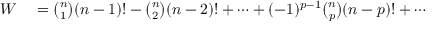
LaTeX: \begin{array} { r l } { W } & { { } = { \binom { n } { 1 } } ( n - 1 ) ! - { \binom { n } { 2 } } ( n - 2 ) ! + \cdots + ( - 1 ) ^ { p - 1 } { \binom { n } { p } } ( n - p ) ! + \cdots } \end{array}